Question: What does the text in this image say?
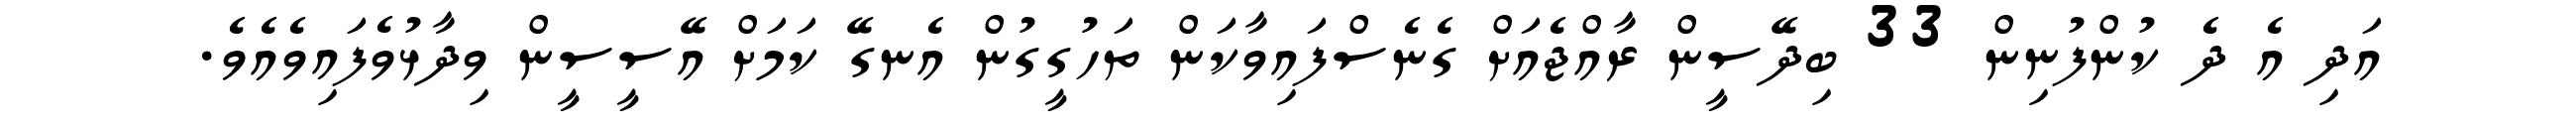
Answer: އަދި އެ ދެ ކުންފުނިން 33 ބިދޭސީން ރާއްޖެއަށް ގެނެސްފައިވާކަން ތަހުގީގުން އެނގޭ ކަމަށް އޭސީސީން ވިދާޅުވެފައިވެއެވެ.